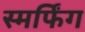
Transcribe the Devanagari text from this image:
स्मर्फिंग